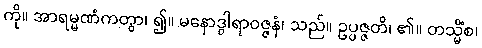
ကို။ အာရမ္မဏံကတွာ၊ ၍။ မနောဒွါရာဝဇ္ဇနံ၊ သည်။ ဥပ္ပဇ္ဇတိ၊ ၏။ တသ္မိံစ၊